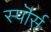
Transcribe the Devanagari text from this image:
स्पॊर्स